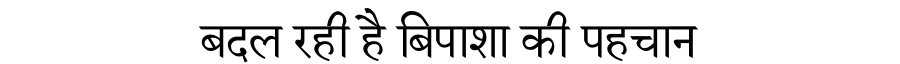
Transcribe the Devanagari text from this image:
बदल रही है बिपाशा की पहचान